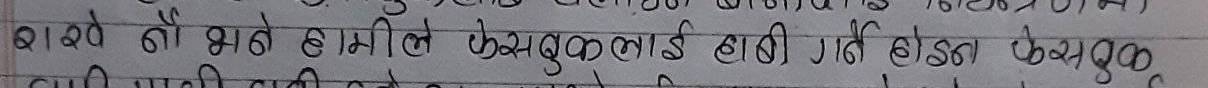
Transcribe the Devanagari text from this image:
खाद्य नै भने हामिले फेसबुकलाई हानी गर्ने होइन केसुक
खुसी पार्ने होइन